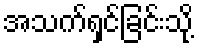
အသက်ရှင်ခြင်းသို့